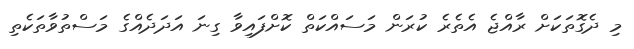
މި ދެގޮތަކަށް ރާއްޖެ އެތެރެ ކުރަން މަސައްކަތް ކޮށްފައިވާ ގިނަ އަދަދެއްގެ މަސްތުވާތަކެތި